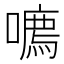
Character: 𪢔